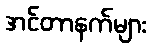
အင်တာနက်များ